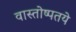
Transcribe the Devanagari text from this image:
वास्तोष्पतये